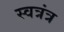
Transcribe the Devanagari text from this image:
स्वत्रंत्र